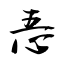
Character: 忢